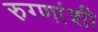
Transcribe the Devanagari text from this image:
रुग्णांशी